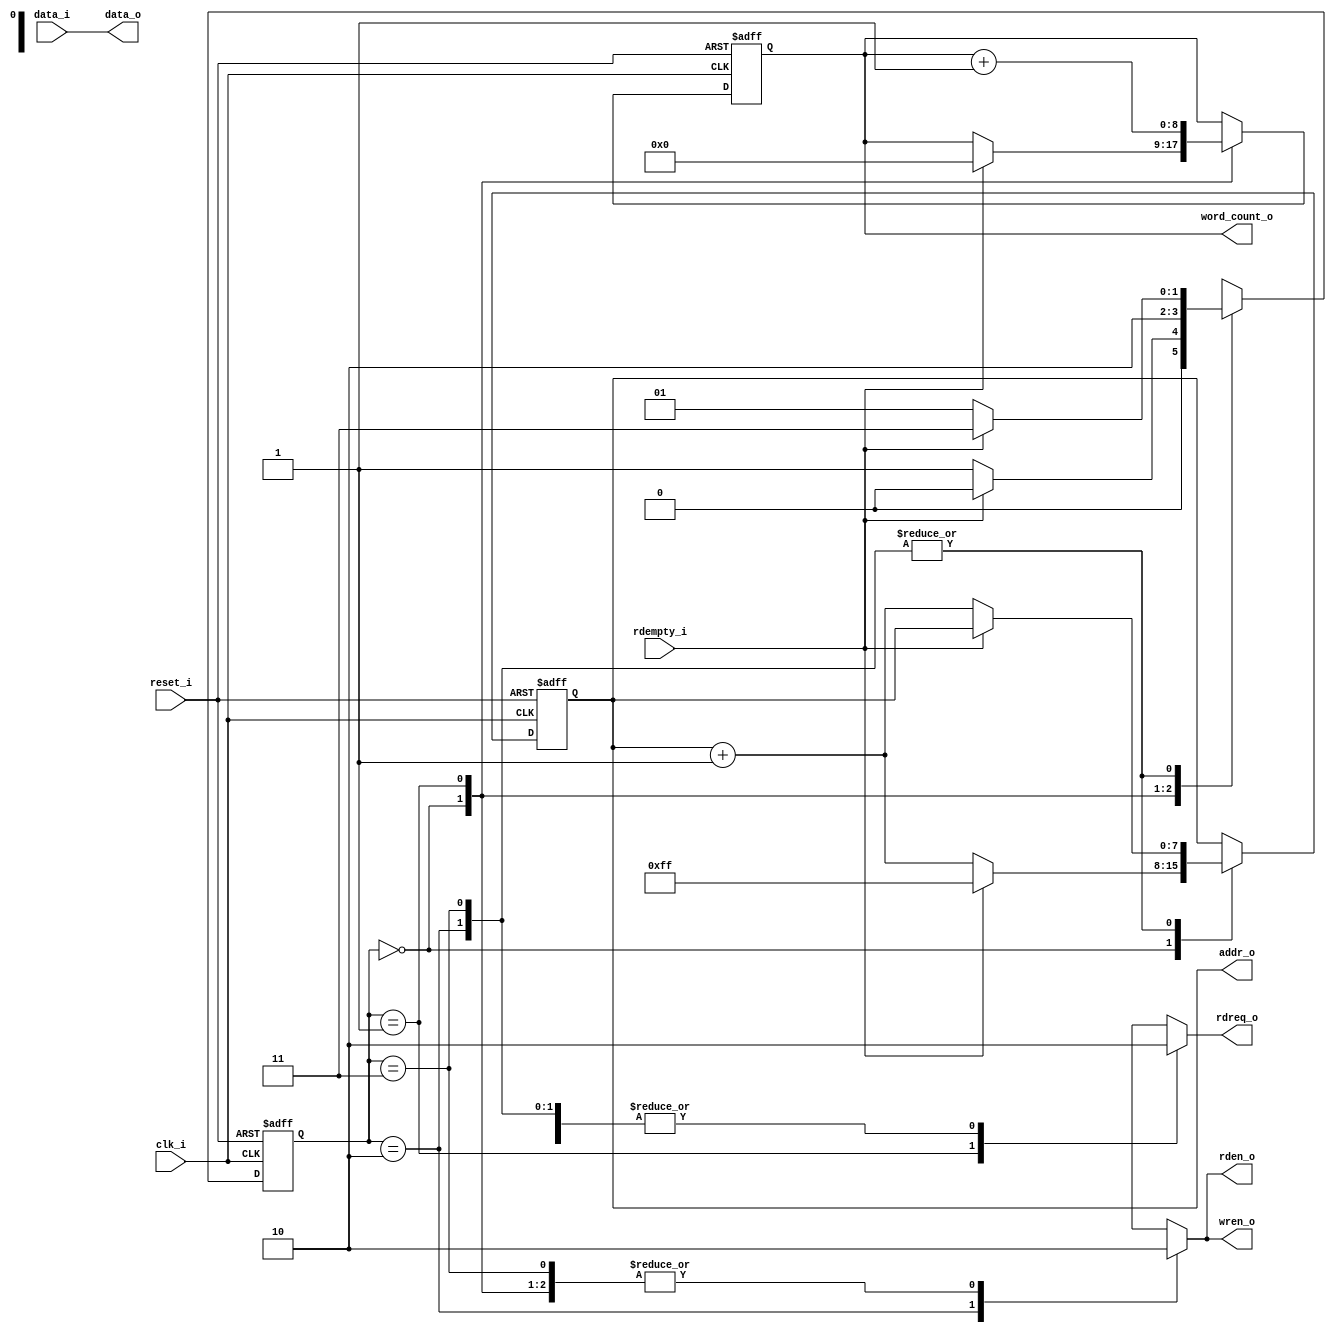
`timescale 1 ps / 1 ps

module read_control_logic
(
	input clk_i, reset_i, rdempty_i,
	input [31:0] data_i,
	output reg rdreq_o, wren_o, rden_o,
	output reg [7:0] addr_o,
	output [31:0] data_o,
	output reg [8:0] word_count_o
);
	
	reg	[1:0] state;

	// Declare states
	parameter IDLE = 0, INCADR = 1, WRITE = 2, WAIT = 3;
	parameter RAM_DEPTH = 255;
	parameter FIFO_DEPTH = 64;
	
	assign data_o = data_i;

	// Output depends only on the state
	always @ (state ) begin
		case (state )
			IDLE:
			begin
				rdreq_o = 1'b0;
				wren_o = 1'b0;
				rden_o = 1'b0;									
			end
			INCADR:
			begin
				rdreq_o = 1'b1;
				wren_o = 1'b0;				
				rden_o = 1'b0;													
			end
			WRITE:
			begin	
				rdreq_o = 1'b0;
				wren_o = 1'b1;							
				rden_o = 1'b1;									
			end
			WAIT:
			begin
				rdreq_o = 1'b0;
				wren_o = 1'b0;				
				rden_o = 1'b0;													
			end
			default:
			begin
				rdreq_o = 1'b0;
				wren_o = 1'b0;				
				rden_o = 1'b0;													
			end
		endcase
	end

	always @ (posedge clk_i or posedge reset_i) begin
		if (reset_i)
		begin
			state  <= IDLE;
			addr_o <= 8'hff;
			word_count_o <= 9'h0;
		end
		else
			case (state)
			    
				IDLE:
				begin
					if(!rdempty_i)
					begin
						state  <= INCADR; 
						addr_o <= addr_o + 8'h01;
					end
					else
					begin
						state  <= IDLE;
						addr_o <= 8'hff;
						word_count_o <= 9'h0;
					end
				end
				
				INCADR:
				begin
					state  <= WRITE;
					word_count_o <= word_count_o + 9'h1;
		      end
		      
				WRITE:
				begin
					if(rdempty_i)
						state  <= WAIT;
					else
						begin
							state  <= INCADR;
							addr_o <= addr_o + 8'h01;
						end
				end
						
				WAIT:
				begin
					if(!rdempty_i)
					begin	
						state  <= INCADR;
						addr_o <= addr_o + 8'h01;
					end
					else
						state  <= WAIT;
				end
				default:
				begin
					state  <= IDLE;
					addr_o <= 8'hff;
					word_count_o <= 9'h0;
				end
			endcase
	end

endmodule